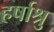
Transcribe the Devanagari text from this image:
हर्षाश्रु